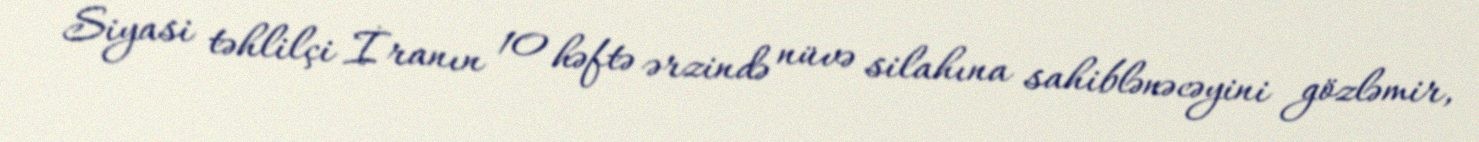
Siyasi təhlilçi İranın 10 həftə ərzində nüvə silahına sahiblənəcəyini gözləmir,